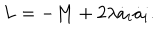
LaTeX: L = - M + 2 \lambda \dot { a } _ { i } \dot { a } _ { i } .